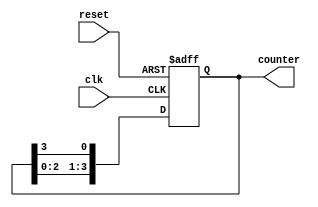
module binary_ring_counter #(
    parameter N = 4  // Number of bits (states) in the ring counter
) (
    input wire clk,      // Clock input
    input wire reset,    // Active high reset
    output reg [N-1:0] counter // Counter output
);

    // Initial state
    initial begin
        counter = 1'b1; // Start with the first bit set (e.g., 0001 for N=4)
    end

    always @(posedge clk or posedge reset) begin
        if (reset) begin
            counter <= 1'b1; // Reset to initial state (e.g., 0001 for N=4)
        end else begin
            // Shift the '1' to the left, wrapping around
            counter <= {counter[N-2:0], counter[N-1]};
        end
    end
endmodule